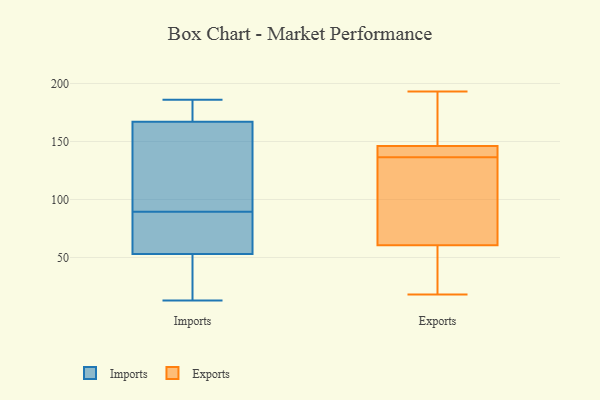
{"axis": {"x": "Satisfaction Score", "y": "Value"}, "legend": ["Exports", "Imports"], "data": [{"x": "", "y": 56, "type": "Imports"}, {"x": "", "y": 124, "type": "Imports"}, {"x": "", "y": 13, "type": "Imports"}, {"x": "", "y": 175, "type": "Imports"}, {"x": "", "y": 123, "type": "Imports"}, {"x": "", "y": 93, "type": "Imports"}, {"x": "", "y": 86, "type": "Imports"}, {"x": "", "y": 29, "type": "Imports"}, {"x": "", "y": 167, "type": "Imports"}, {"x": "", "y": 28, "type": "Imports"}, {"x": "", "y": 66, "type": "Imports"}, {"x": "", "y": 70, "type": "Imports"}, {"x": "", "y": 112, "type": "Imports"}, {"x": "", "y": 30, "type": "Imports"}, {"x": "", "y": 186, "type": "Imports"}, {"x": "", "y": 181, "type": "Imports"}, {"x": "", "y": 53, "type": "Imports"}, {"x": "", "y": 171, "type": "Imports"}, {"x": "", "y": 175, "type": "Exports"}, {"x": "", "y": 193, "type": "Exports"}, {"x": "", "y": 43, "type": "Exports"}, {"x": "", "y": 110, "type": "Exports"}, {"x": "", "y": 187, "type": "Exports"}, {"x": "", "y": 75, "type": "Exports"}, {"x": "", "y": 134, "type": "Exports"}, {"x": "", "y": 46, "type": "Exports"}, {"x": "", "y": 150, "type": "Exports"}, {"x": "", "y": 25, "type": "Exports"}, {"x": "", "y": 142, "type": "Exports"}, {"x": "", "y": 141, "type": "Exports"}, {"x": "", "y": 18, "type": "Exports"}, {"x": "", "y": 141, "type": "Exports"}, {"x": "", "y": 96, "type": "Exports"}, {"x": "", "y": 139, "type": "Exports"}]}